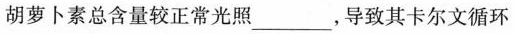
胡萝卜素总含量较正常光照___，导致其卡尔文循环